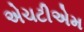
એચટીએમ